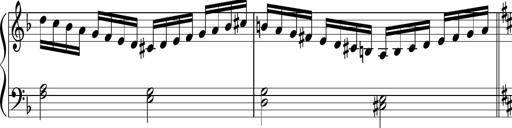
Title: Sonatina di Santa Gemma, JKB 12
Composer: Jason Baruk
Key: F major